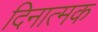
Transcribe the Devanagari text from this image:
दिनात्मक